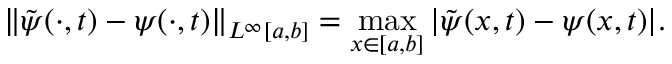
\| \tilde { \psi } ( \cdot , t ) - \psi ( \cdot , t ) \| _ { L ^ { \infty } [ a , b ] } = \operatorname* { m a x } _ { x \in [ a , b ] } | \tilde { \psi } ( x , t ) - \psi ( x , t ) | .